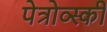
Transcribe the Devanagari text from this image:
पेत्रोव्स्की